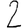
Digit: 2